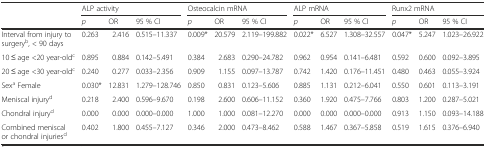
<table><thead><tr><td></td><td colspan="3"><b>ALP activity</b></td><td colspan="3"><b>Osteocalcin mRNA</b></td><td colspan="3"><b>ALP mRNA</b></td><td colspan="3"><b>Runx2 mRNA</b></td></tr><tr><td></td><td><b><i>p</i></b></td><td><b>OR</b></td><td><b>95 % CI</b></td><td><b><i>p</i></b></td><td><b>OR</b></td><td><b>95 % CI</b></td><td><b><i>p</i></b></td><td><b>OR</b></td><td><b>95 % CI</b></td><td><b><i>p</i></b></td><td><b>OR</b></td><td><b>95 % CI</b></td></tr></thead><tbody><tr><td>Interval from injury to surgery<sup>b</sup>, &lt; 90 days</td><td>0.263</td><td>2.416</td><td>0.515–11.337</td><td>0.009*</td><td>20.579</td><td>2.119–199.882</td><td>0.022*</td><td>6.527</td><td>1.308–32.557</td><td>0.047*</td><td>5.247</td><td>1.023–26.922</td></tr><tr><td>10 ≤ age &lt;20 year-old<sup>c</sup></td><td>0.895</td><td>0.884</td><td>0.142–5.491</td><td>0.384</td><td>2.683</td><td>0.290–24.782</td><td>0.962</td><td>0.954</td><td>0.141–6.481</td><td>0.592</td><td>0.600</td><td>0.092–3.895</td></tr><tr><td>20 ≤ age &lt;30 year-old<sup>c</sup></td><td>0.240</td><td>0.277</td><td>0.033–2.356</td><td>0.909</td><td>1.155</td><td>0.097–13.787</td><td>0.742</td><td>1.420</td><td>0.176–11.451</td><td>0.480</td><td>0.463</td><td>0.055–3.924</td></tr><tr><td>Sex<sup>a</sup> Female</td><td>0.030*</td><td>12.831</td><td>1.279–128.746</td><td>0.850</td><td>0.831</td><td>0.123–5.606</td><td>0.885</td><td>1.131</td><td>0.212–6.041</td><td>0.550</td><td>0.601</td><td>0.113–3.191</td></tr><tr><td>Meniscal injury<sup>d</sup></td><td>0.218</td><td>2.400</td><td>0.596–9.670</td><td>0.198</td><td>2.600</td><td>0.606–11.152</td><td>0.360</td><td>1.920</td><td>0.475–7.766</td><td>0.803</td><td>1.200</td><td>0.287–5.021</td></tr><tr><td>Chondral injury<sup>d</sup></td><td>0.000</td><td>0.000</td><td>0.000–0.000</td><td>1.000</td><td>1.000</td><td>0.081–12.270</td><td>0.000</td><td>0.000</td><td>0.000–0.000</td><td>0.913</td><td>1.150</td><td>0.093–14.188</td></tr><tr><td>Combined meniscal or chondral injuries<sup>d</sup></td><td>0.402</td><td>1.800</td><td>0.455–7.127</td><td>0.346</td><td>2.000</td><td>0.473–8.462</td><td>0.588</td><td>1.467</td><td>0.367–5.858</td><td>0.519</td><td>1.615</td><td>0.376–6.940</td></tr></tbody></table>